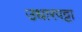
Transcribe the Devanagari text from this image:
उधारपट्टा